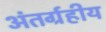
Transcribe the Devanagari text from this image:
अंतर्ग्रहीय